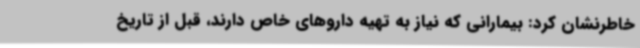
خاطرنشان کرد: بیمارانی که نیاز به تهیه داروهای خاص دارند، قبل از تاریخ